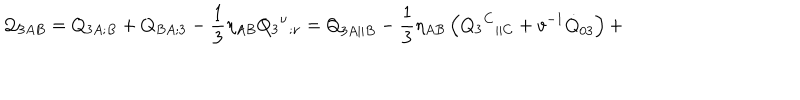
{ \cal Q } _ { 3 A B } = Q _ { 3 A ; B } + Q _ { B A ; 3 } - \frac 1 3 \eta _ { A B } Q _ { 3 } { ^ \nu } { _ { ; \nu } } = { Q } _ { 3 A | | B } - \frac { 1 } { 3 } \eta _ { A B } \left( Q _ { 3 } { ^ C } { _ { | | C } } + v ^ { - 1 } \dot { Q } _ { 0 3 } \right) +